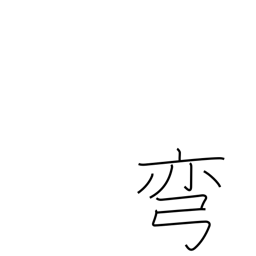
Meaning: curve